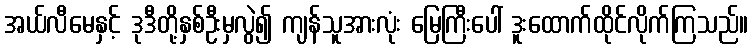
အယ်လီမေနှင့် ဒုဒီတို့နှစ်ဦးမှလွဲ၍ ကျန်သူအားလုံး မြေကြီးပေါ် ဒူးထောက်ထိုင်လိုက်ကြသည်။